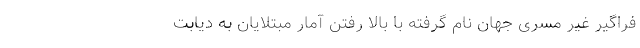
فراگیر غیر مسری جهان نام گرفته با بالا رفتن آمار مبتلایان به دیابت